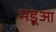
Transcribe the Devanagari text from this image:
मड़ूआ